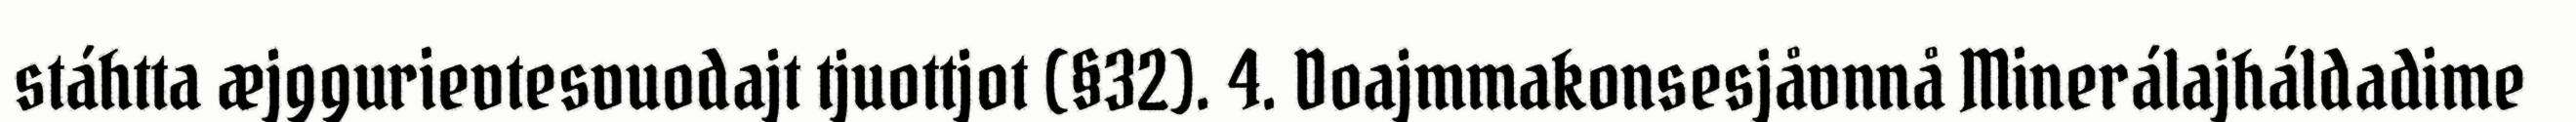
stáhtta æjggurievtesvuodajt tjuottjot (§32). 4. Doajmmakonsesjåvnnå Minerálajháldadime